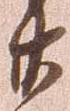
廿